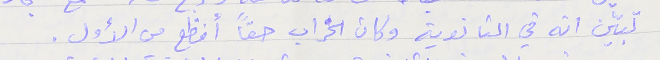
تبيّن انه في الثانوية وكان الخراب حقاً أفظع من الأول .